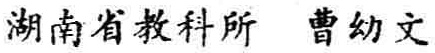
湖南省教科所 曹幼文